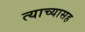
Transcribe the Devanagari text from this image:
त्याच्यासह